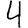
Digit: 4